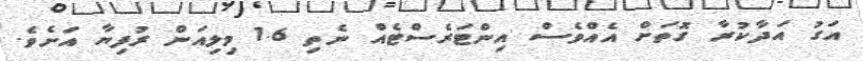
އަގު އަދާކުރާ ގޮތަށް އެއްވެސް އިންޓަރެސްޓެއް ނެތި 1.6 މިލިއަން ރުފިޔާ އަށެވެ.